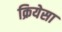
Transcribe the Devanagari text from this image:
क्रियेसा